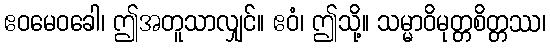
ဧဝမေဝခေါ၊ ဤအတူသာလျှင်။ ဧဝံ၊ ဤသို့။ သမ္မာဝိမုတ္တစိတ္တဿ၊